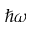
\hbar \omega